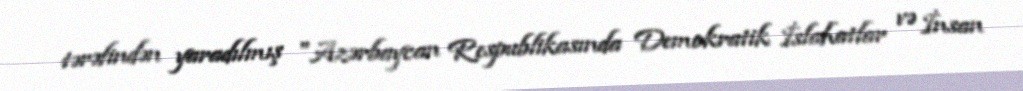
tərəfindən yaradılmış "Azərbaycan Respublikasında Demokratik İslahatlar və İnsan